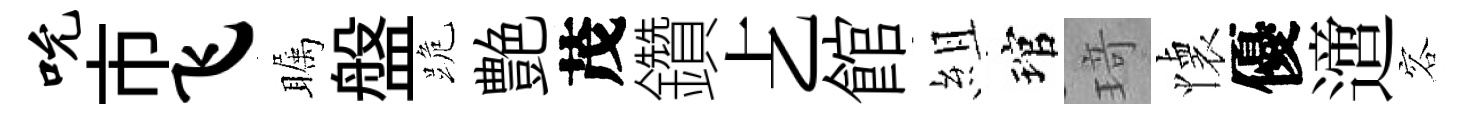
吮市飞瞩盤跪艶茂鑽𠧒館組琯𤦺懐優𨗁容